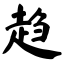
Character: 趋